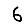
Digit: 6